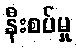
နီးစပ်မှု